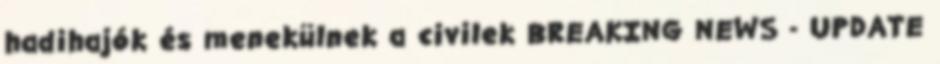
hadihajók és menekülnek a civilek BREAKING NEWS - UPDATE